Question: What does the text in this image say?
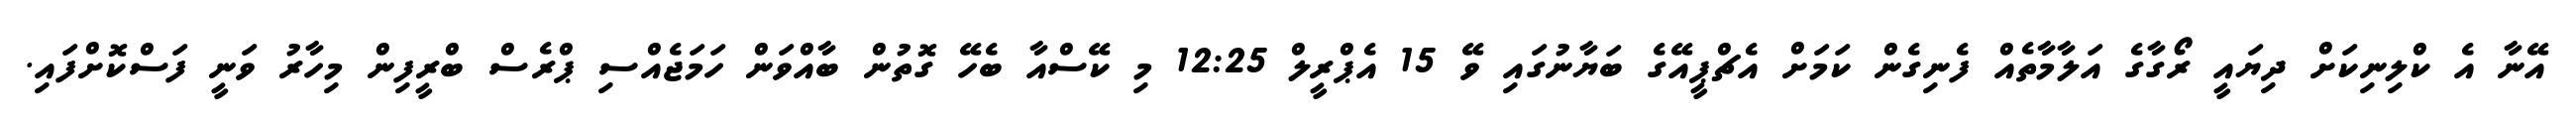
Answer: އޭނާ އެ ކްލިނިކަށް ދިޔައީ ރޯގާގެ އަލާމާތެއް ފެނިގެން ކަމަށް އެޗްޕީއޭގެ ބަޔާނުގައި ވޭ 15 އެޕްރީލް 12:25 މި ކޭސްއާ ބެހޭ ގޮތުން ބާއްވަން ހަމަޖެއްސި ޕްރެސް ބްރީފިން މިހާރު ވަނީ ފަސްކޮށްފައި.